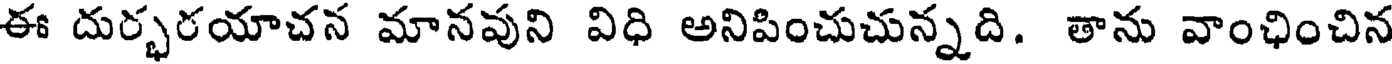
ఈ దుర్భరయాచన మానవుని విధి అనిపించుచున్నది. తాను వాంఛించిన